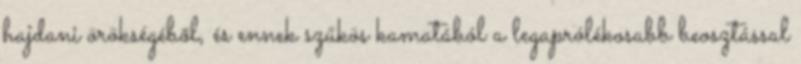
hajdani örökségéből, és ennek szűkös kamatából a legaprólékosabb beosztással